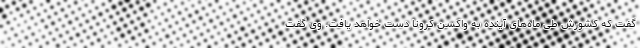
گفت که کشورش طی ماه‌های آینده به واکسن کرونا دست خواهد یافت. وی گفت